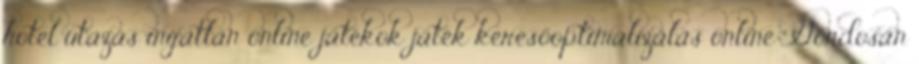
hotel utazás ingatlan online játékok játék keresőoptimalizálás online "Gondosan